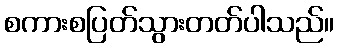
စကားစပြတ်သွားတတ်ပါသည်။